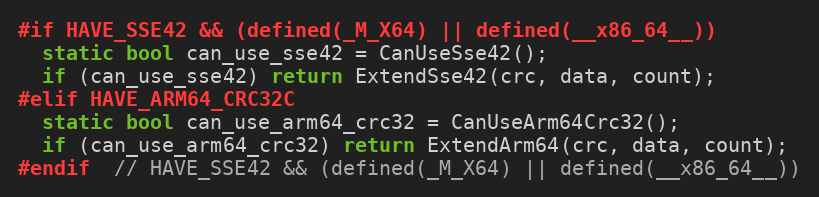
Language: C++
#if HAVE_SSE42 && (defined(_M_X64) || defined(__x86_64__))
  static bool can_use_sse42 = CanUseSse42();
  if (can_use_sse42) return ExtendSse42(crc, data, count);
#elif HAVE_ARM64_CRC32C
  static bool can_use_arm64_crc32 = CanUseArm64Crc32();
  if (can_use_arm64_crc32) return ExtendArm64(crc, data, count);
#endif  // HAVE_SSE42 && (defined(_M_X64) || defined(__x86_64__))